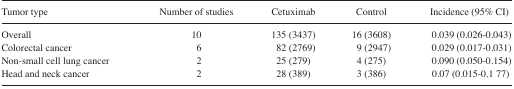
| Tumor type | Number of studies | Cetuximab | Control | Incidence (95% CI) |
 | --- | --- | --- | --- | --- |
 | Overall | 10 | 135 (3437) | 16 (3608) | 0.039 (0.026–0.043) |
 | Colorectal cancer | 6 | 82 (2769) | 9 (2947) | 0.029 (0.017–0.031) |
 | Non-small cell lung cancer | 2 | 25 (279) | 4 (275) | 0.090 (0.050–0.154) |
 | Head and neck cancer | 2 | 28 (389) | 3 (386) | 0.07 (0.015–0.1 77) |